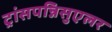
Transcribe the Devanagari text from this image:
ट्रांसपन्निसुएलर